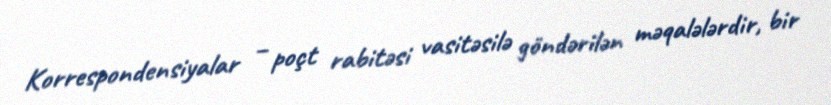
Korrespondensiyalar – poçt rabitəsi vasitəsilə göndərilən məqalələrdir, bir